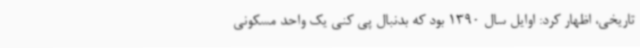
تاریخی، اظهار کرد: اوایل سال 1390 بود که بدنبال پی کنی یک واحد مسکونی